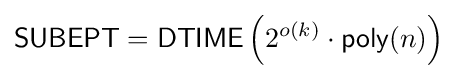
{\textsf {SUBEPT}}={\textsf {DTIME}}\left(2^{o(k)}\cdot {\textsf {poly}}(n)\right)